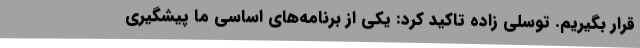
قرار بگیریم. توسلی زاده تاکید کرد: یکی از برنامه‌های اساسی ما پیشگیری